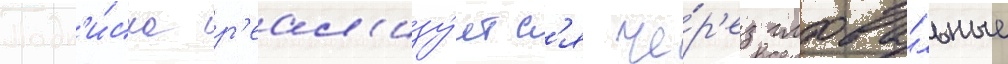
Подп'и́ска р'еал'изу́етс'я че́р'ез глоба́льные